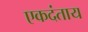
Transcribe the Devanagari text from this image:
एकदंताय